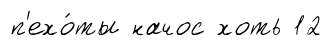
п'ехо́ты начос хоть 12